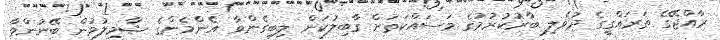
ރާއްޖޭގެ ތަރައްގީގެ ދުވެލި ބާރުކުރުމުގެ މަސައްކަތަށް ގާބިލުކަން ލިބިގެންވާ އެންމެންގެ ޝާމިލުވުން ބޭނުންވާ